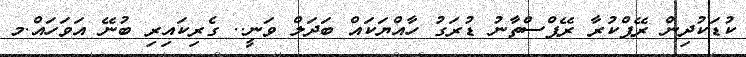
ކުޑަކުދިން ރޭޕްކުރާ ރޭޕްސްތާނު ޑުރަގު ހާއްޔަކައް ބަދަލް ވަނީ.. ގެރިކައިރި ބުނޭ އަވަހައް.މ